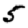
Digit: 5